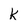
Character: k